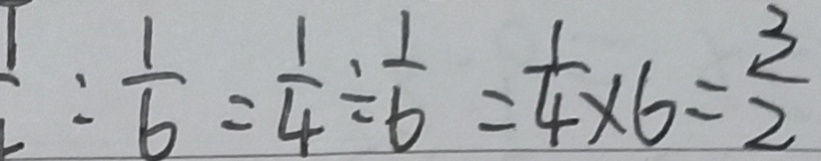
\frac { 1 } { 6 } = \frac { 1 } { 4 } \div \frac { 1 } { 6 } = \frac { 1 } { 4 } \times 6 = \frac { 3 } { 2 }